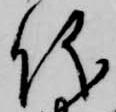
儀